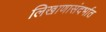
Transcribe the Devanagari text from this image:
लिखाणासंदर्भात